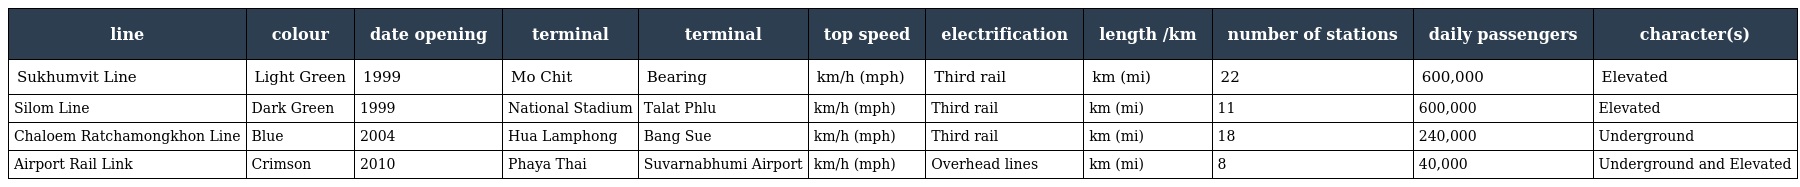
| line | colour | date opening | terminal | terminal | top speed | electrification | length /km | number of stations | daily passengers | character(s) |
 | --- | --- | --- | --- | --- | --- | --- | --- | --- | --- | --- |
 | Sukhumvit Line | Light Green | 1999 | Mo Chit | Bearing | km/h (mph) | Third rail | km (mi) | 22 | 600,000 | Elevated |
 | Silom Line | Dark Green | 1999 | National Stadium | Talat Phlu | km/h (mph) | Third rail | km (mi) | 11 | 600,000 | Elevated |
 | Chaloem Ratchamongkhon Line | Blue | 2004 | Hua Lamphong | Bang Sue | km/h (mph) | Third rail | km (mi) | 18 | 240,000 | Underground |
 | Airport Rail Link | Crimson | 2010 | Phaya Thai | Suvarnabhumi Airport | km/h (mph) | Overhead lines | km (mi) | 8 | 40,000 | Underground and Elevated |